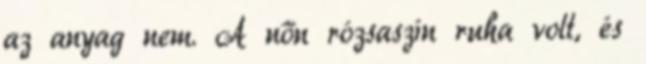
az anyag nem. A nőn rózsaszín ruha volt, és